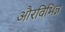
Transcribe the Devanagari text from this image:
औरविभिन्न